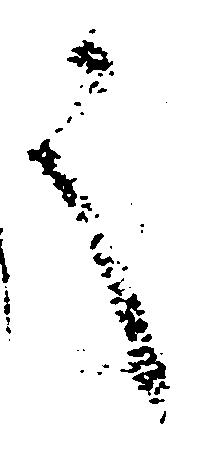
言